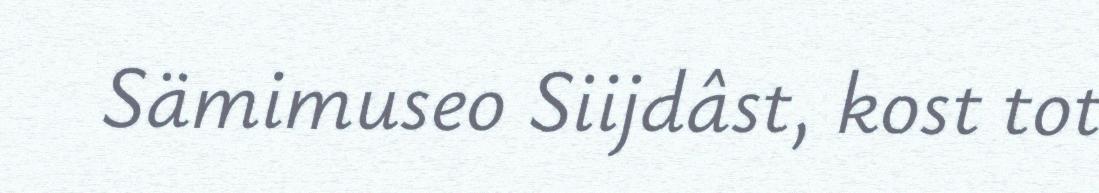
Sämimuseo Siijdâst, kost tot